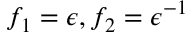
f _ { 1 } = \epsilon , f _ { 2 } = \epsilon ^ { - 1 }